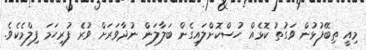
މިއީ ތިބޭފުޅުން ވަގުތު ކޮޅެއް ހުސްކޮށްލައިގެން ބަލާލަން ނުދާވަރަށް ވުރެ ފުރިހަމަ ފިލްމެކެވެ.